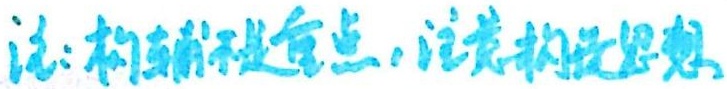
注: 构造不变量点, 注意构造思想